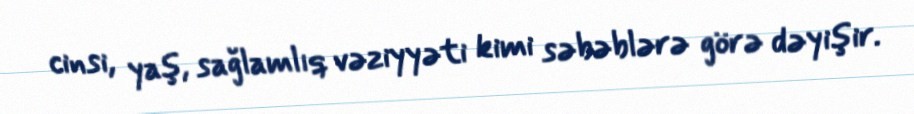
cinsi, yaş, sağlamlıq vəziyyəti kimi səbəblərə görə dəyişir.